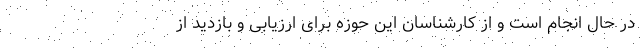
در حال انجام است و از کارشناسان این حوزه برای ارزیابی و بازدید از